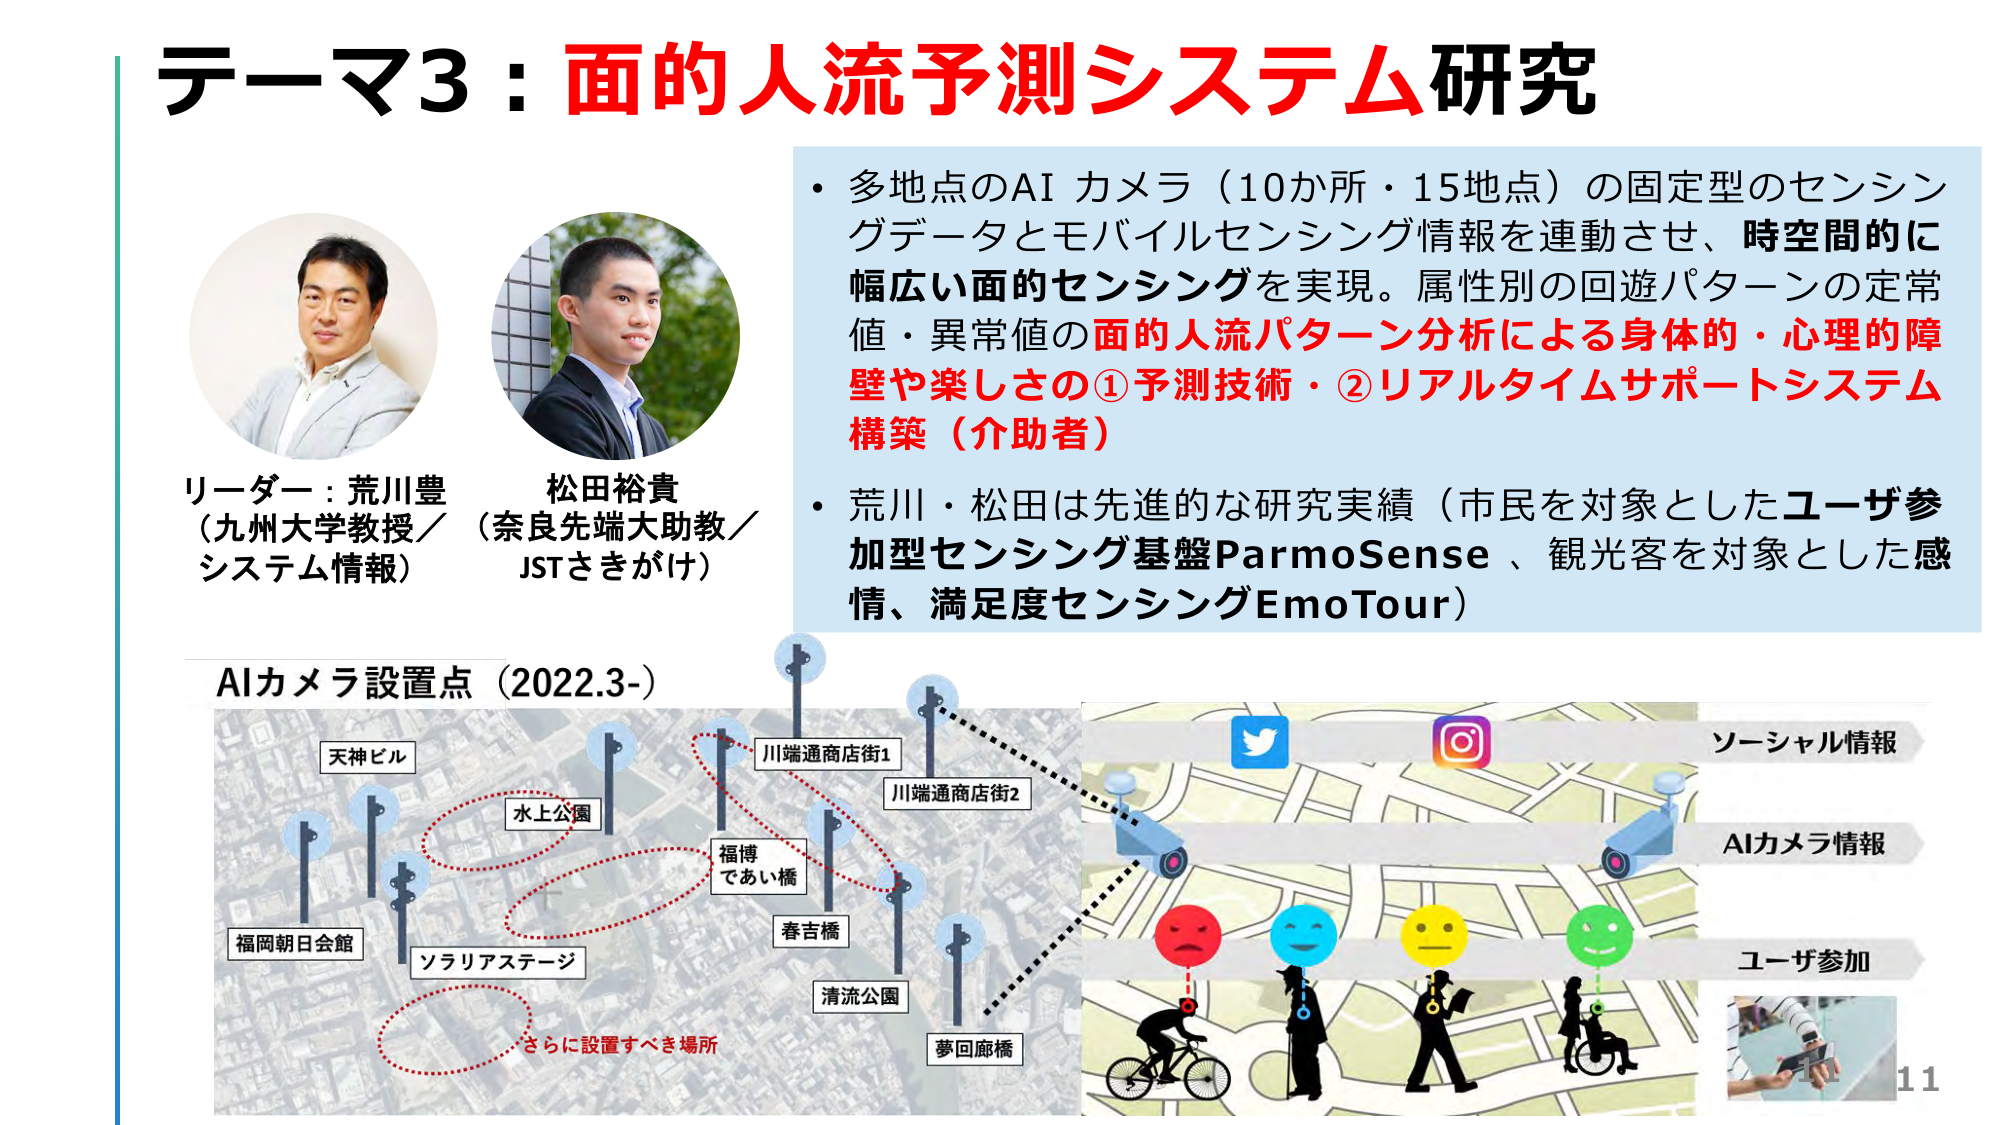
テーマ3：面的人流予測システム研究

リーダー：荒川豊
（九州大学教授／システム情報）

松田裕貴
（奈良先端大助教／JSTさきがけ）

・多地点のAIカメラ（10か所・15地点）の固定型のセンシングデータとモバイルセンシング情報を連動させ、時空間的に幅広い面的センシングを実現。属性別の回遊パターンの定常値・異常値の面的人流パターン分析による身体的・心理的障壁や楽しさの①予測技術・②リアルタイムサポートシステム構築（介助者）

・荒川・松田は先進的な研究実績（市民を対象としたユーザ参加型センシング基盤ParmoSense、観光客を対象とした感情、満足度センシングEmoTour）

AIカメラ設置点（2022.3-）

天神ビル
水上公園
福岡朝日会館
ソラリアステージ
川端通商店街1
川端通商店街2
福博であい橋
春吉橋
清流公園
夢回廊橋
さらに設置すべき場所

ソーシャル情報
AIカメラ情報
ユーザ参加

11